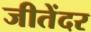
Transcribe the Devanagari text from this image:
जीतेंदर